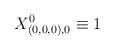
LaTeX: \begin{align*} X^0_{(0,0,0),0}\equiv 1 \end{align*}